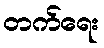
တက်ရေး